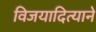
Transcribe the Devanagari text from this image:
विजयादित्याने